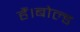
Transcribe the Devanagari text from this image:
हैं।बोल्ड